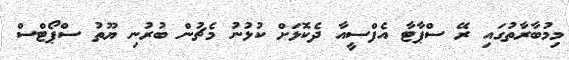
މިމުބާރާތުގައި ރޭ ސްޕާޓާ އެފްސީއާ ދެކޮޅަށް ކުޅުނު މެޗުން ބުރުނި ޔޫތު ސްޕޯޓްސް